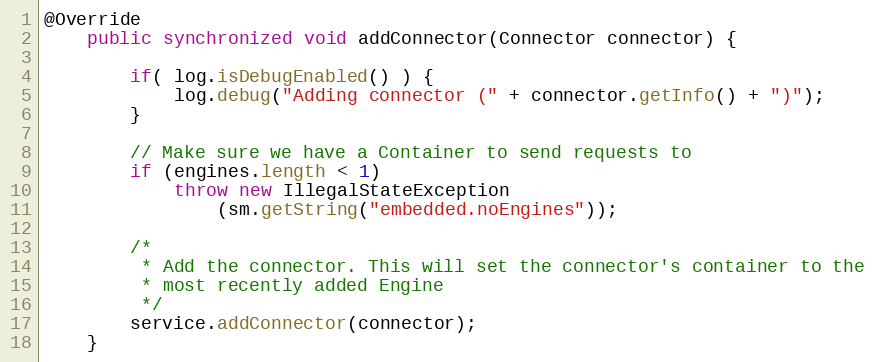
Language: Java
@Override
	public synchronized void addConnector(Connector connector) {

        if( log.isDebugEnabled() ) {
            log.debug("Adding connector (" + connector.getInfo() + ")");
        }

        // Make sure we have a Container to send requests to
        if (engines.length < 1)
            throw new IllegalStateException
                (sm.getString("embedded.noEngines"));

        /*
         * Add the connector. This will set the connector's container to the
         * most recently added Engine
         */
        service.addConnector(connector);
    }